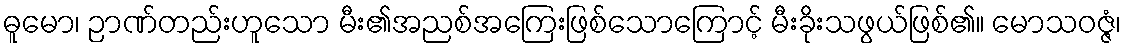
ဓူမော၊ ဉာဏ်တည်းဟူသော မီး၏အညစ်အကြေးဖြစ်သောကြောင့် မီးခိုးသဖွယ်ဖြစ်၏။ မောသဝဇ္ဇံ၊